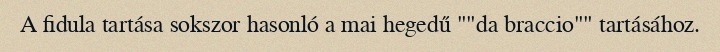
A fidula tartása sokszor hasonló a mai hegedű ""da braccio"" tartásához.